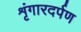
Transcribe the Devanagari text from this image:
शृंगारदर्पण